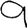
Digit: 9